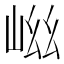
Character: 𭖞